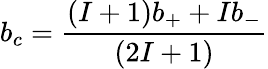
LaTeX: b_{c}=\frac{(I+1)b_{+}+Ib_{-}}{(2I+1)}